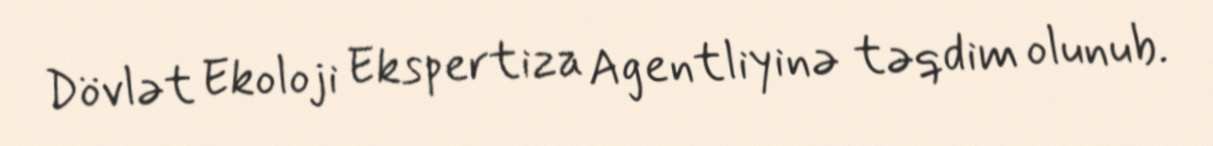
Dövlət Ekoloji Ekspertiza Agentliyinə təqdim olunub.